Annual report of the Imperial Bacteriologist
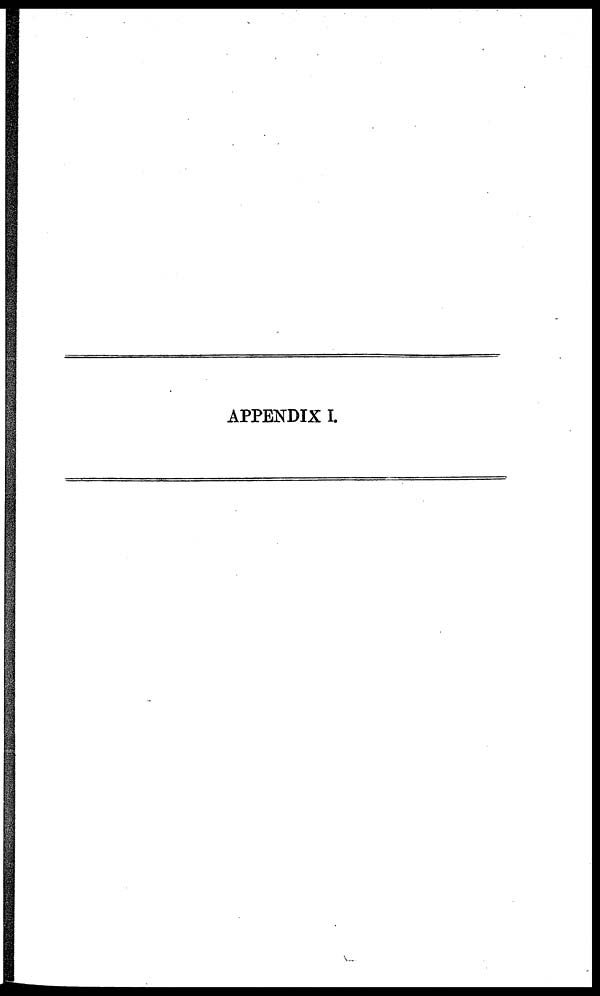
APPENDIX I.